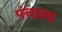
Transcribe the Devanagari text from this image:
पंचास्य